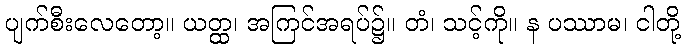
ပျက်စီးလေတော့။ ယတ္ထ၊ အကြင်အရပ်၌။ တံ၊ သင့်ကို။ န ပဿာမ၊ ငါတို့